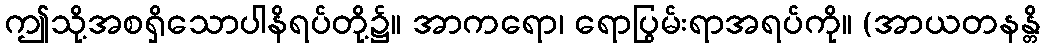
ဤသို့အစရှိသောပါနိရပ်တို့၌။ အာကရော၊ ရောပြွမ်းရာအရပ်ကို။ (အာယတနန္တိ